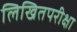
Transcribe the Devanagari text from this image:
लिखितपरीक्षा